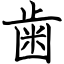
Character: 歯